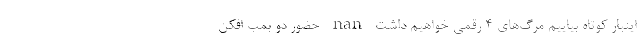
اینبار کوتاه بیاییم مرگ‌های ۴ رقمی خواهیم داشت nan حضور دو بمب افکن